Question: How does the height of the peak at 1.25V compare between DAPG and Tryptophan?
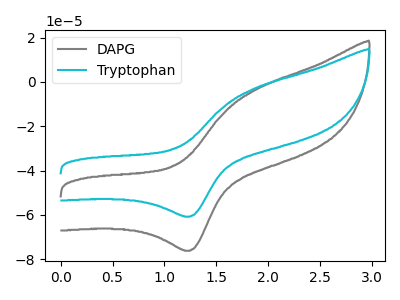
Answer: <think>The gray curve "DAPG" has an anodic peak at (1.85V, -3.50uA) and a cathodic peak at (1.25V, -76.20uA). The cyan curve "Tryptophan" has an anodic peak at (1.85V, -2.80uA) and a cathodic peak at (1.25V, -60.80uA).</think>
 <answer>The peak at 1.25V is higher in "DAPG" than in "Tryptophan".</answer>
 <eval>higher</eval>